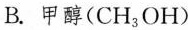
B. 甲醇(CH_{3}OH)